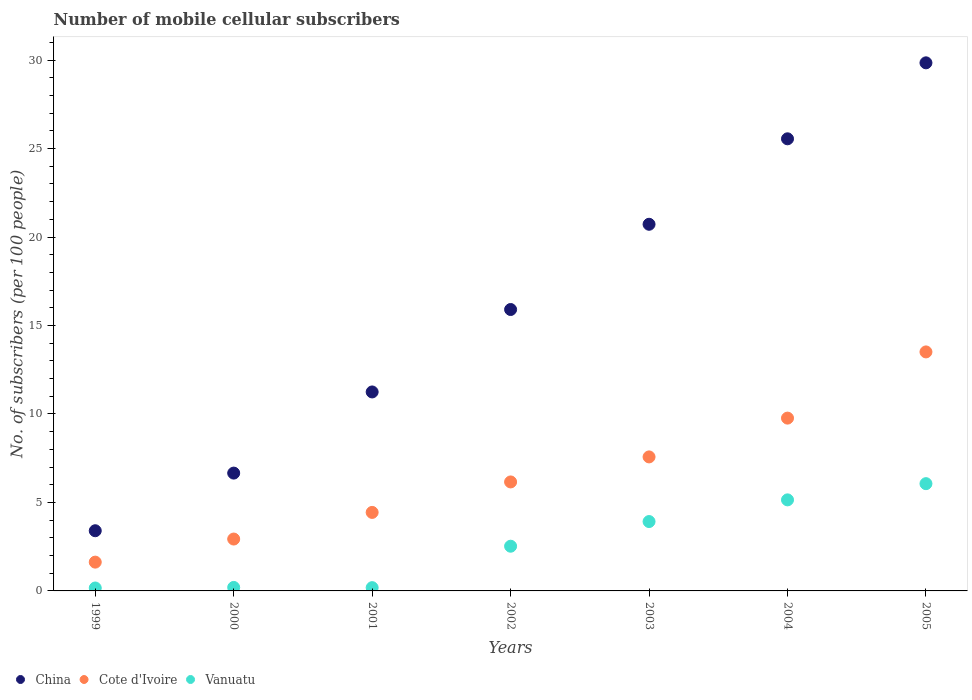
| Years | China | Cote d'Ivoire | Vanuatu |
 | --- | --- | --- | --- |
 | 1999 | 3.4 | 1.63 | 0.165 |
 | 2000 | 6.66 | 2.93 | 0.197 |
 | 2001 | 11.2 | 4.44 | 0.185 |
 | 2002 | 15.9 | 6.16 | 2.53 |
 | 2003 | 20.7 | 7.57 | 3.92 |
 | 2004 | 25.6 | 9.77 | 5.15 |
 | 2005 | 29.8 | 13.5 | 6.06 |